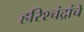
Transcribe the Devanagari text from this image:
हरिश्चंद्रांचे